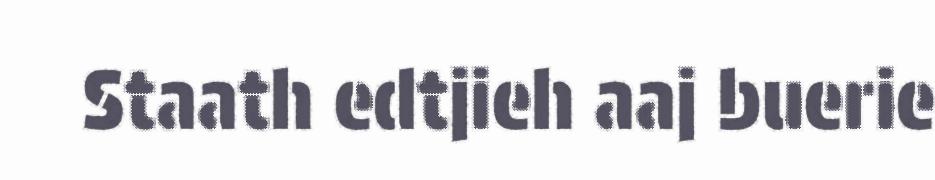
Staath edtjieh aaj buerie